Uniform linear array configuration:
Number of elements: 12
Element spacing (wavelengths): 0.5
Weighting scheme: hamming
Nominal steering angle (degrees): -45
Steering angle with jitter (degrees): -46.001
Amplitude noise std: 0.05
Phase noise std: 0.05

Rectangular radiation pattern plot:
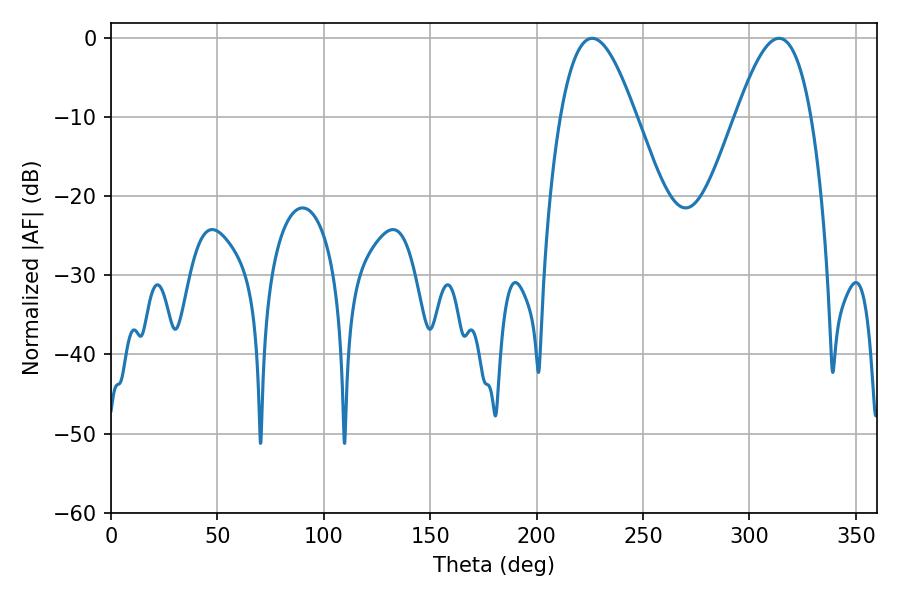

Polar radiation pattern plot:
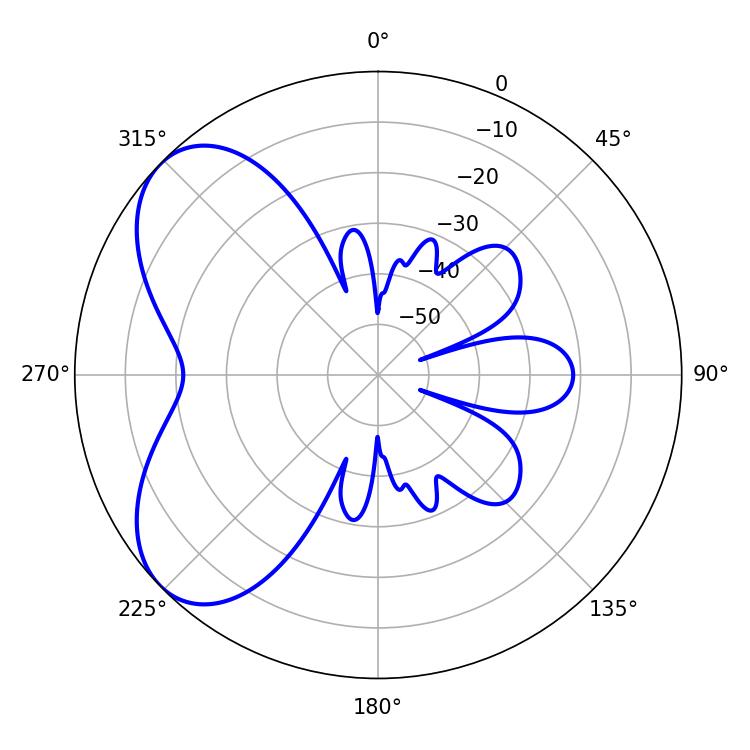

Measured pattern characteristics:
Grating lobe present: FALSE
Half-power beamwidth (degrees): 19.08
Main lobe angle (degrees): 226.08